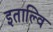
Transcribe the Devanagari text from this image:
इताल्वि